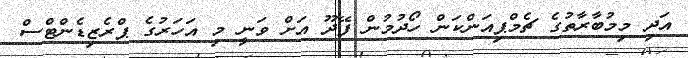
އަދި މިމުބާރާތުގެ ޗެމްޕިއަންކަން ހޯދުމުން ފޭދޫ އަށް ވަނީ މި އަހަރުގެ ޕްރެޒިޑެންޓްސް